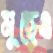
মুছেও